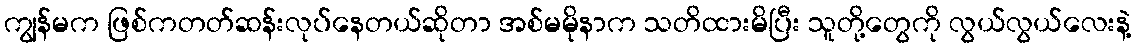
ကျွန်မက ဖြစ်ကတတ်ဆန်းလုပ်နေတယ်ဆိုတာ အစ်မမိုနာက သတိထားမိပြီး သူတို့တွေကို လွယ်လွယ်လေးနဲ့